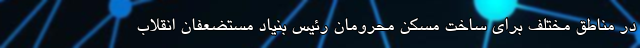
در مناطق مختلف برای ساخت مسکن محرومان رئیس بنیاد مستضعفان انقلاب